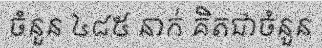
ចំនួន ៤៨៥ នាក់ គិតជាចំនួន